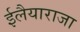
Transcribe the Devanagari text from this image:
ईलैयाराजा